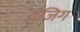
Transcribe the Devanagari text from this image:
दंजिग